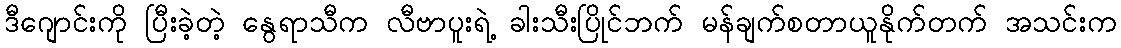
ဒီဂျောင်းကို ပြီးခဲ့တဲ့ နွေရာသီက လီဗာပူးရဲ့ ခါးသီးပြိုင်ဘက် မန်ချက်စတာယူနိုက်တက် အသင်းက